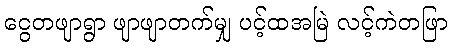
ငွေတဖျာရွာ ဖျာဖျာတက်မျှ ပင့်ထအမြဲ လင့်ကဲတဖြာ